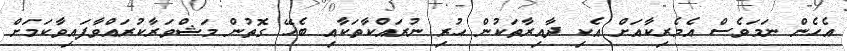
އެހެން ނަމަވެސް އެމެރިކާއަށް އެކި ދާއިރާތަކުން ހުރި ނުރައްކާތަކާއި ބެހޭ ގޮތުން މަޝްވަރާކުރައްވާފައިވާކަމަށް